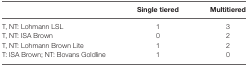
|  | Single tiered | Multitiered |
 | --- | --- | --- |
 | T, NT: Lohmann LSL | 1 | 3 |
 | T, NT: ISA Brown | 0 | 2 |
 | T, NT: Lohmann Brown Lite | 1 | 2 |
 | T: ISA Brown; NT: Bovans Goldline | 1 | 0 |